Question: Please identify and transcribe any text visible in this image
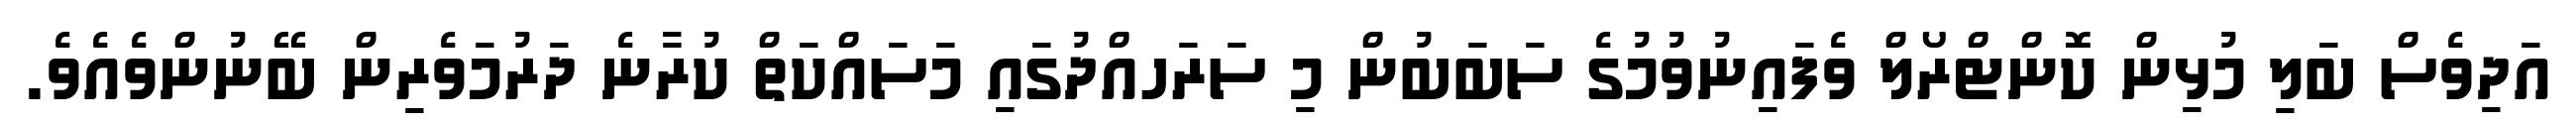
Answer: އަދިވެސް ބަލި މުޅިން ކޮންޓްރޯލް ވެފައިނުވުމުގެ ސަބަބުން މި ސަރަހއްދުގައި މަސައްކަތް ކުރާނެ ދަރުމަވެރިން ބޭނުންވެއެވެ.